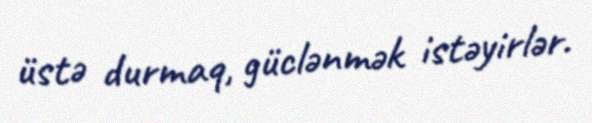
üstə durmaq, güclənmək istəyirlər.